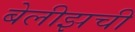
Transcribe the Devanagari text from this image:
बेलीझची